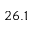
2 6 . 1